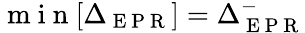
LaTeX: \mathrm{~m~i~n~}[\Delta_{\mathrm{~E~P~R~}}]=\Delta_{\mathrm{~E~P~R~}}^{-}